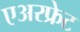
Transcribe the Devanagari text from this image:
एअरफ्रेट